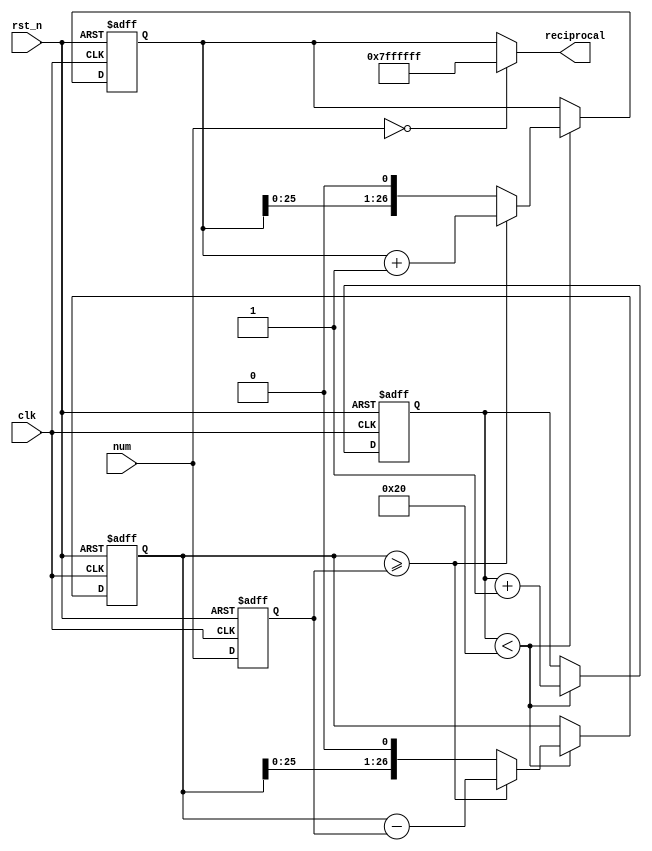
module reciprocal (
  input clk,
  input rst_n,
  input [26:0] num,
  output reg [26:0] reciprocal
);

reg [26:0] num_reg;
reg [26:0] r;
reg [26:0] residue;
reg [5:0] counter;

always @(posedge clk or negedge rst_n) begin
  if (!rst_n) begin
    num_reg <= 27'b0;
  end else begin
    num_reg <= num;
  end
end

always @(posedge clk or negedge rst_n) begin
  if (!rst_n) begin
    r <= 27'b0;
    residue <= 27'b100000000000000000000000000;
    counter <= 6'b0;
  end else begin
    if (counter < 6'b100000) begin
      r <= r << 1;
      residue <= residue << 1;
      if (residue >= num_reg) begin
        residue <= residue - num_reg;
        r <= r + 1;
      end
      counter <= counter + 1;
    end else begin
      counter <= counter;
    end
  end
end

assign reciprocal = (num == 0) ? 27'b111111111111111111111111111 : r;

endmodule